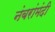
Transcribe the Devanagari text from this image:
नंबरांमंदी